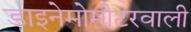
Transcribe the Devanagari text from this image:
डाइनेमोमीटरवाली